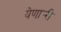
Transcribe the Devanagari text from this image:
येणार्‍री